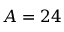
A = 2 4